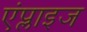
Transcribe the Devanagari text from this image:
एंप्लाइज